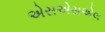
એસએસએલ